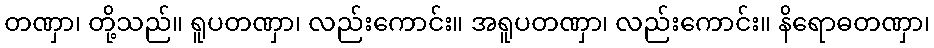
တဏှာ၊ တို့သည်။ ရူပတဏှာ၊ လည်းကောင်း။ အရူပတဏှာ၊ လည်းကောင်း။ နိရောဓတဏှာ၊